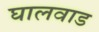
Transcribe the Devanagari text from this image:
घालवाड